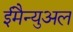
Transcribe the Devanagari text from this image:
ईमैन्युअल